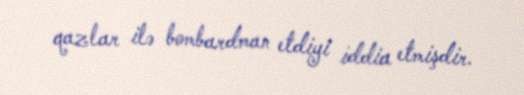
qazlar ilə bombardman etdiyi iddia etmişdir.